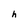
Character: h